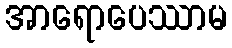
အာရောပေဿာမ